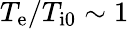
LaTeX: T_{\mathrm{e}}/T_{\mathrm{i0}}\sim 1